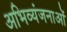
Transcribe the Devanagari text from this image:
अभिव्यंजनाओं